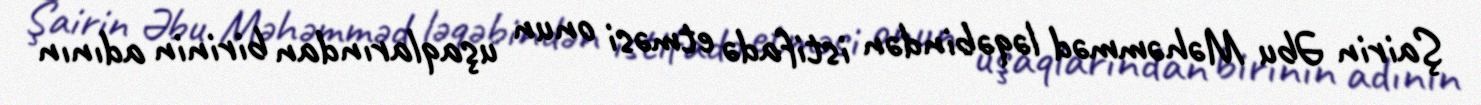
Şairin Əbu Məhəmməd ləqəbindən istifadə etməsi onun uşaqlarından birinin adının